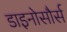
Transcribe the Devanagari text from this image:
डाइनोसौर्स